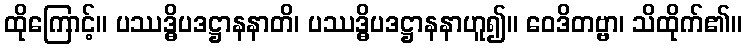
ထိုကြောင့်။ ပဿဒ္ဓိပဒဋ္ဌာနနာတိ၊ ပဿဒ္ဓိပဒဋ္ဌာနနာဟူ၍။ ဝေဒိတဗ္ဗာ၊ သိထိုက်၏။